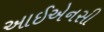
આઈએનસી